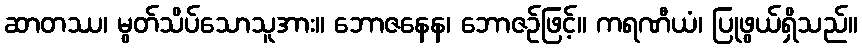
ဆာတဿ၊ မွတ်သိပ်သောသူအား။ ဘောဇနေန၊ ဘောဇဉ်ဖြင့်။ ကရဏီယံ၊ ပြုဖွယ်ရှိသည်။